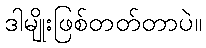
ဒါမျိုးဖြစ်တတ်တာပဲ။